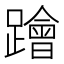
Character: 𨆝